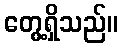
တွေ့ရှိသည်။